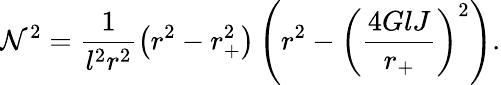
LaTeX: \mathcal{N}^{2}=\frac{{1}}{{l^{2}r^{2}}}\left(r^{2}-r_{+}^{2}\right)\left(r^{2}-\left(\frac{{4GlJ}}{{r_{+}}}\right)^{2}\right).